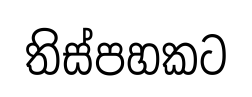
තිස්පහකට